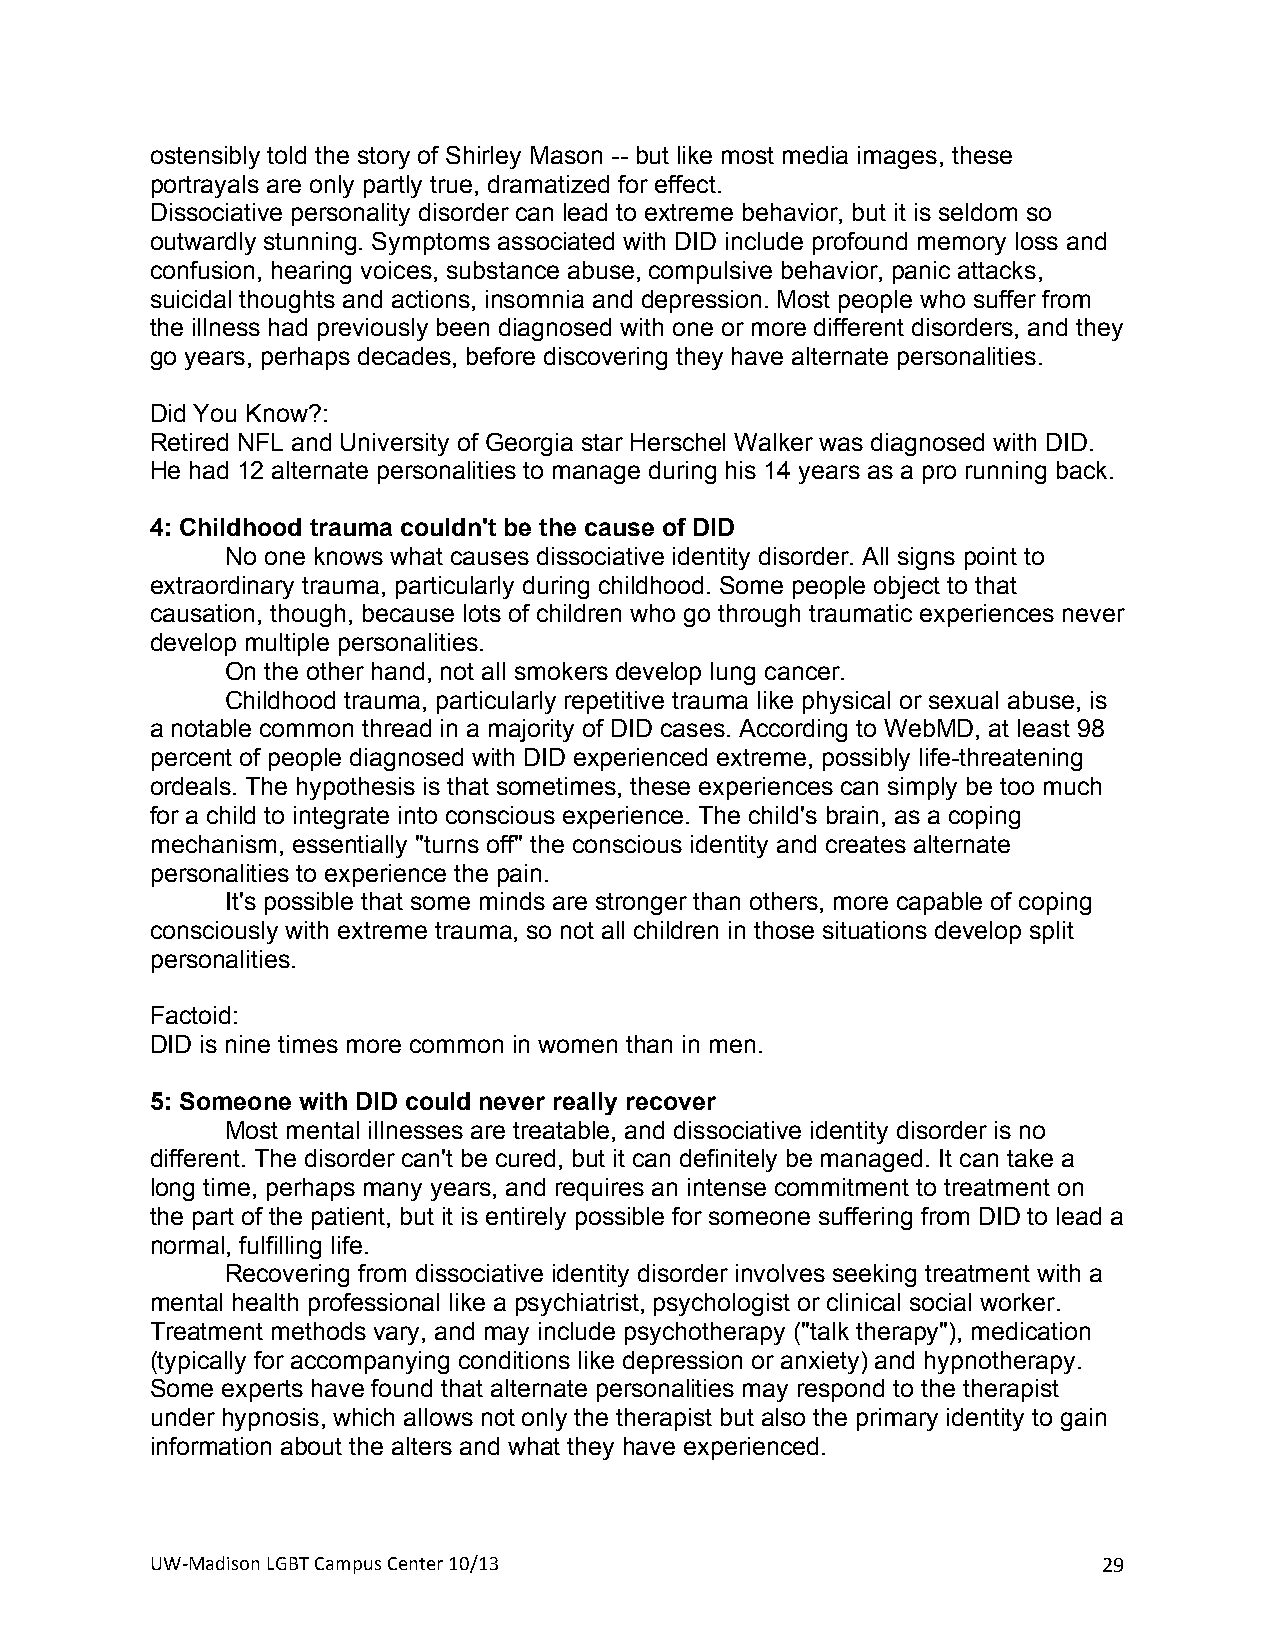
ostensibly told the story of Shirley Mason -- but like most media images, these
 portrayals are only partly true, dramatized for effect.
 Dissociative personality disorder can lead to extreme behavior, but it is seldom so
 outwardly stunning. Symptoms associated with DID include profound memory loss and
 confusion, hearing voices, substance abuse, compulsive behavior, panic attacks,
 suicidal thoughts and actions, insomnia and depression. Most people who suffer from
 the illness had previously been diagnosed with one or more different disorders, and they
 go years, perhaps decades, before discovering they have alternate personalities.
 +
 Did You Know?:
 Retired NFL and University of Georgia star Herschel Walker was diagnosed with DID.
 He had 12 alternate personalities to manage during his 14 years as a pro running back.
 +
 4: Childhood trauma couldn't be the cause of DID
 No one knows what causes dissociative identity disorder. All signs point to
 extraordinary trauma, particularly during childhood. Some people object to that
 causation, though, because lots of children who go through traumatic experiences never
 develop multiple personalities.
 On the other hand, not all smokers develop lung cancer.
 Childhood trauma, particularly repetitive trauma like physical or sexual abuse, is
 a notable common thread in a majority of DID cases. According to WebMD, at least 98
 percent of people diagnosed with DID experienced extreme, possibly life-threatening
 ordeals. The hypothesis is that sometimes, these experiences can simply be too much
 for a child to integrate into conscious experience. The child's brain, as a coping
 mechanism, essentially "turns off" the conscious identity and creates alternate
 personalities to experience the pain.
 It's possible that some minds are stronger than others, more capable of coping
 consciously with extreme trauma, so not all children in those situations develop split
 personalities.
 +
 Factoid:
 DID is nine times more common in women than in men.
 +
 5: Someone with DID could never really recover
 Most mental illnesses are treatable, and dissociative identity disorder is no
 different. The disorder can't be cured, but it can definitely be managed. It can take a
 long time, perhaps many years, and requires an intense commitment to treatment on
 the part of the patient, but it is entirely possible for someone suffering from DID to lead a
 normal, fulfilling life.
 Recovering from dissociative identity disorder involves seeking treatment with a
 mental health professional like a psychiatrist, psychologist or clinical social worker.
 Treatment methods vary, and may include psychotherapy ("talk therapy"), medication
 (typically for accompanying conditions like depression or anxiety) and hypnotherapy.
 Some experts have found that alternate personalities may respond to the therapist
 under hypnosis, which allows not only the therapist but also the primary identity to gain
 information about the alters and what they have experienced.
 UW#Madison+LGBT+Campus+Center+10/13+                           29+